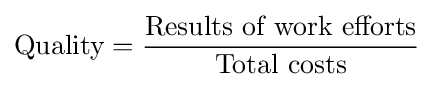
{\text{Quality}}={\frac {\text{Results of work efforts}}{\text{Total costs}}}